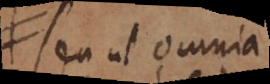
seu ut omnia